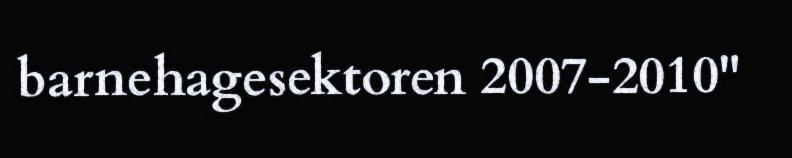
barnehagesektoren 2007-2010"